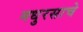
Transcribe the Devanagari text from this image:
मधुरसाचे